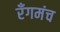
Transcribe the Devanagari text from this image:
रँगमंच